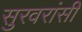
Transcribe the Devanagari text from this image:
सुरवरांसी